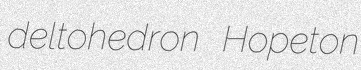
deltohedron Hopeton